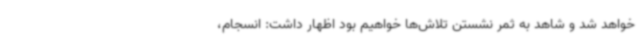
خواهد شد و شاهد به ثمر نشستن تلاش‌ها خواهیم بود اظهار داشت: انسجام،